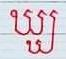
ឃ្ឃ